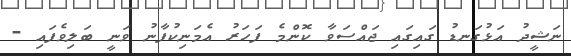
ނަޝީދު އަޅުގަނޑު ގައިގައި ޖައްސަވާ ކޮންމެ ފަހަރު އެމަނިކުފާނު ވަނީ ބަލިވެފައި -